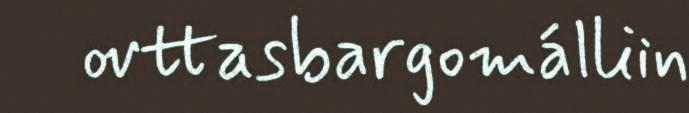
ovttasbargomálliin